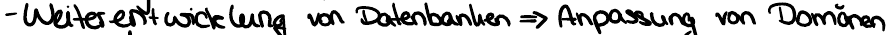
- Weiterentwicklung von Datenbanken => Anpassung von Domänen